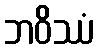
ဘဝိဿံ